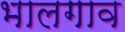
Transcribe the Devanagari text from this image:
भालगाव